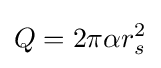
Q=2\pi \alpha r_{s}^{2}